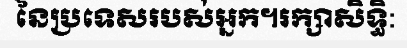
នៃប្រទេសរបស់អ្នក។រក្សាសិទ្ធិ: